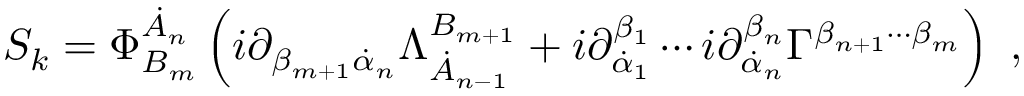
S _ { k } = \Phi _ { B _ { m } } ^ { \dot { A } _ { n } } \left( i \partial _ { \beta _ { m + 1 } \dot { \alpha } _ { n } } \Lambda _ { \dot { A } _ { n - 1 } } ^ { B _ { m + 1 } } + i \partial _ { \dot { \alpha } _ { 1 } } ^ { \beta _ { 1 } } \cdots i \partial _ { \dot { \alpha } _ { n } } ^ { \beta _ { n } } \Gamma ^ { \beta _ { n + 1 } \cdots \beta _ { m } } \right) \ ,